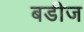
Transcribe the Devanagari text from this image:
बडीज